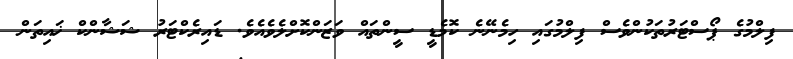
ފިލްމުގެ ޕޯސްޓަރުތަކުންވެސް ފިލްމުގައި ހިމެނޭނެ ކޮމެޑީ ސީންތައް ވަޒަންކޮށްލެވެއެވެ. ޑައިރެކްޓަރު ޝަޝާންކް ޚައިތަން